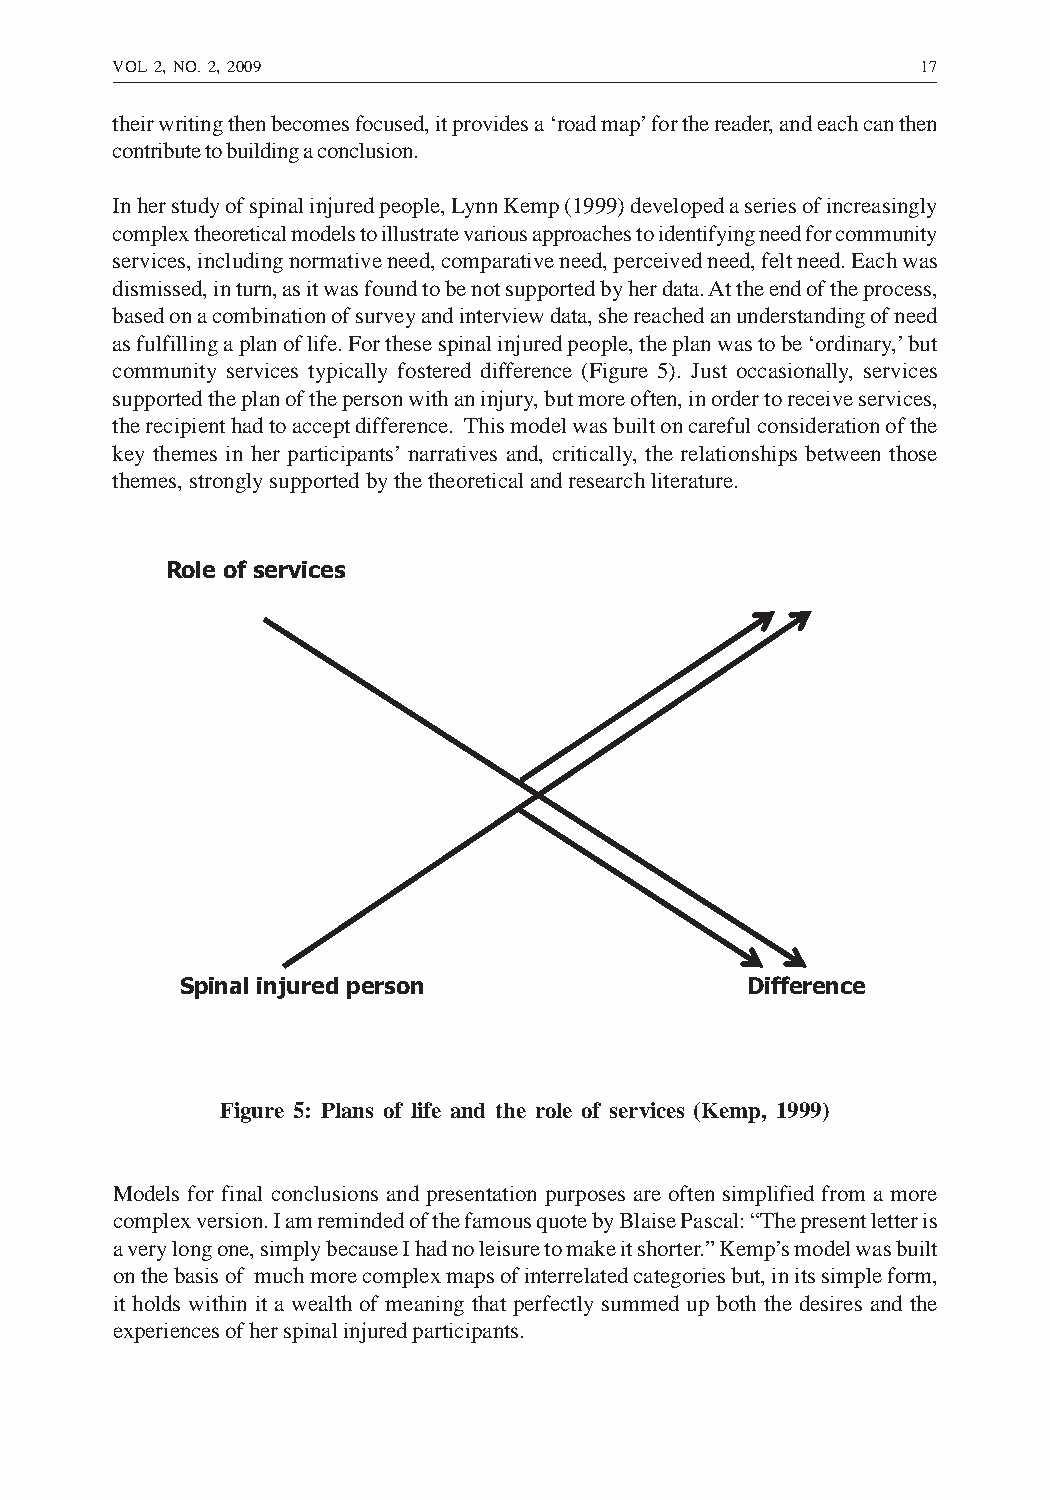
VOL 2, NO. 2, 2009                                    17
 their writing then becomes focused, it provides a ‘road map’ for the reader, and each can then
 contribute to building a conclusion.
 In her study of spinal injured people, Lynn Kemp (1999) developed a series of increasingly
 complex theoretical models to illustrate various approaches to identifying need for community
 services, including normative need, comparative need, perceived need, felt need. Each was
 dismissed, in turn, as it was found to be not supported by her data. At the end of the process,
 based on a combination of survey and interview data, she reached an understanding of need
 as fulfilling a plan of life. For these spinal injured people, the plan was to be ‘ordinary,’ but
 community services typically fostered difference (Figure 5). Just occasionally, services
 supported the plan of the person with an injury, but more often, in order to receive services,
 the recipient had to accept difference. This model was built on careful consideration of the
 key themes in her participants’ narratives and, critically, the relationships between those
 themes, strongly supported by the theoretical and research literature.
 Role of services
 Spinal injured person                Difference
 Figure 5: Plans of life and the role of services (Kemp, 1999)
 Models for final conclusions and presentation purposes are often simplified from a more
 complex version. I am reminded of the famous quote by Blaise Pascal: “The present letter is
 a very long one, simply because I had no leisure to make it shorter.” Kemp’s model was built
 on the basis of much more complex maps of interrelated categories but, in its simple form,
 it holds within it a wealth of meaning that perfectly summed up both the desires and the
 experiences of her spinal injured participants.